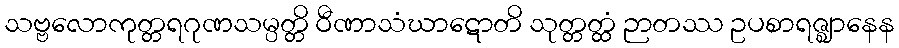
သဗ္ဗလောကုတ္တရဂုဏသမ္ပတ္တိ ဝီဏာသံဃာဋောတိ သုတ္တတ္ထံ ဉာတဿ ဥပစာရဇ္ဈာနေန